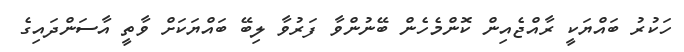
ހަކުރު ބައްޔަކީ ރާއްޖެއިން ކޮންމެހެން ބޭނުންވާ ފަރުވާ ލިބޭ ބައްޔަކަށް ވާތީ އާސަންދައިގެ